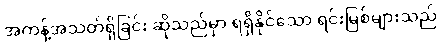
အကန့်အသတ်ရှိခြင်း ဆိုသည်မှာ ရရှိနိုင်သော ရင်းမြစ်များသည်